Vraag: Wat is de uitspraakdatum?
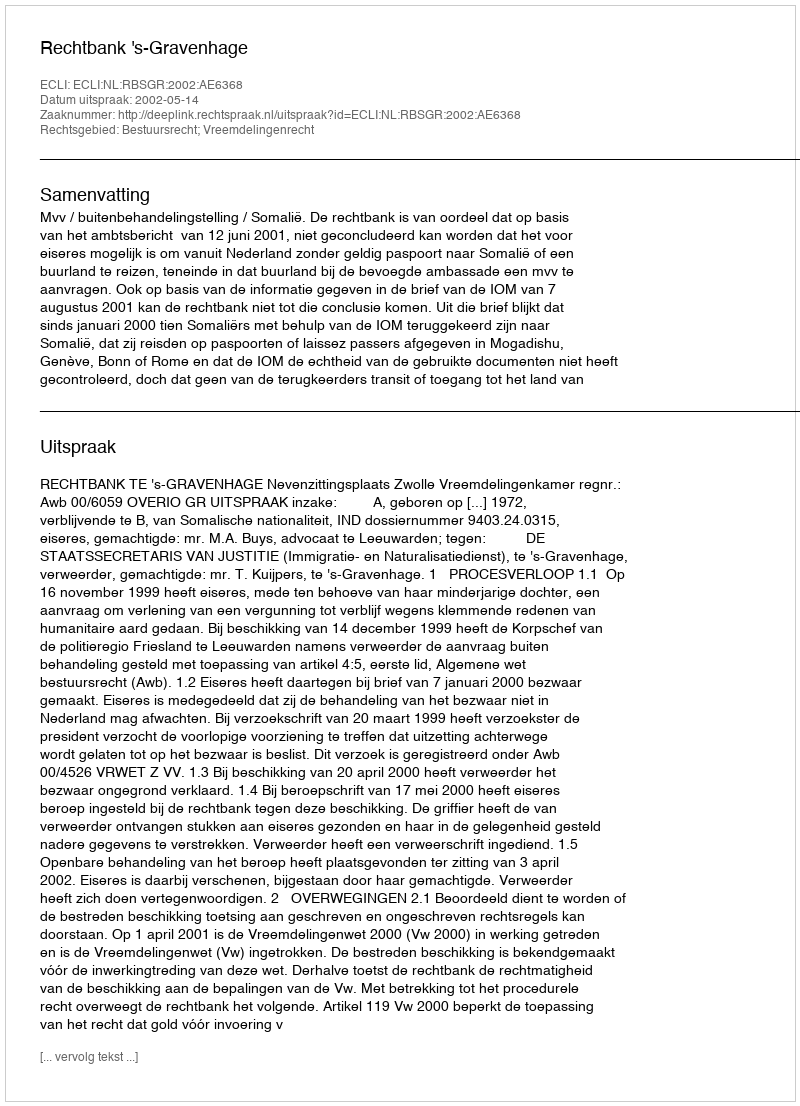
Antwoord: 2002-05-14